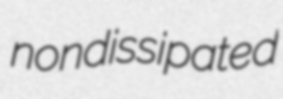
nondissipated